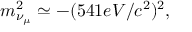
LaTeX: m _ { \nu _ { \mu } } ^ { 2 } \simeq - ( 5 4 1 e V / c ^ { 2 } ) ^ { 2 } ,